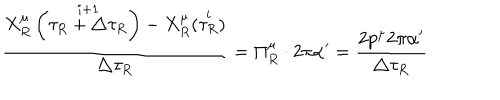
LaTeX: \frac { X _ { R } ^ { \mu } \left( \stackrel { i + 1 } { \tau _ { R } + \triangle \tau _ { R } } \right) - X _ { R } ^ { \mu } ( \stackrel { i } { \tau _ { R } } ) } { \triangle \tau _ { R } } = \Pi _ { R } ^ { \mu } \cdot 2 \pi \alpha ^ { \prime } = \frac { 2 p ^ { \mu } 2 \pi \alpha ^ { \prime } } { \triangle \tau _ { R } }